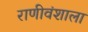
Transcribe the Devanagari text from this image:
राणीवंशाला